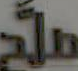
ملح